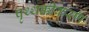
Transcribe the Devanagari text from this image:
पृथ्थक्कीकरण